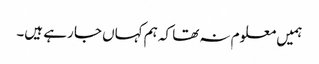
ہمیں معلوم نہ تھا کہ ہم کہاں جا رہے ہیں۔